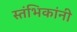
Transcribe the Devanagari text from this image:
स्तंभिकांनी